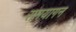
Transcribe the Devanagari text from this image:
रामयागन